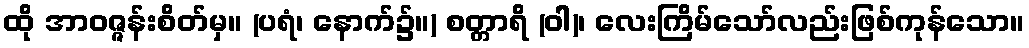
ထို အာဝဇ္ဇန်းစိတ်မှ။ (ပရံ၊ နောက်၌။) စတ္တာရိ (ဝါ)၊ လေးကြိမ်သော်လည်းဖြစ်ကုန်သော။